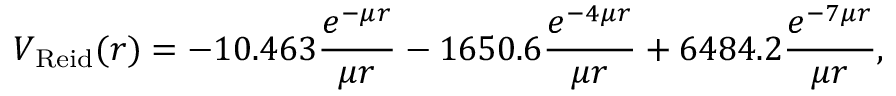
V _ { \mathrm { R e i d } } ( r ) = - 1 0 . 4 6 3 { \frac { e ^ { - \mu r } } { \mu r } } - 1 6 5 0 . 6 { \frac { e ^ { - 4 \mu r } } { \mu r } } + 6 4 8 4 . 2 { \frac { e ^ { - 7 \mu r } } { \mu r } } ,